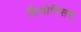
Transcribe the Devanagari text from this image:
दियोनिसस्